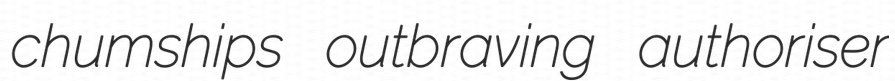
chumships outbraving authoriser